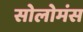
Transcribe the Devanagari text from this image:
सोलोमंस